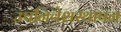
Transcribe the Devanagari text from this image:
उपनिवेशस्थापन